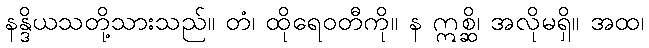
နန္ဒိယသတို့သားသည်။ တံ၊ ထိုရေဝတီကို။ န ဣစ္ဆိ၊ အလိုမရှိ။ အထ၊